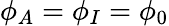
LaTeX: \phi_{A}=\phi_{I}=\phi_{0}